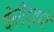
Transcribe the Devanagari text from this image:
फेरीद्वारे